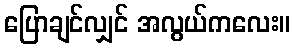
ပြောချင်လျှင် အလွယ်ကလေး။